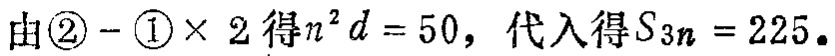
由\textcircled{2} - \textcircled{1}× 2 得\(n^{2}d = 50\)，代入得\(S_{3n} = 225\)。